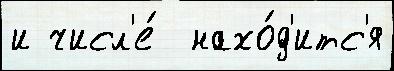
и числ'е́  нахо́д'итс'я